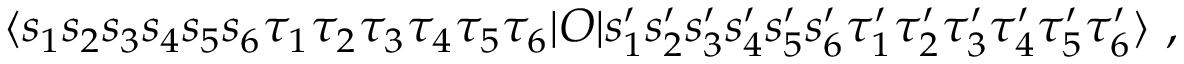
\langle s _ { 1 } s _ { 2 } s _ { 3 } s _ { 4 } s _ { 5 } s _ { 6 } \tau _ { 1 } \tau _ { 2 } \tau _ { 3 } \tau _ { 4 } \tau _ { 5 } \tau _ { 6 } | O | s _ { 1 } ^ { \prime } s _ { 2 } ^ { \prime } s _ { 3 } ^ { \prime } s _ { 4 } ^ { \prime } s _ { 5 } ^ { \prime } s _ { 6 } ^ { \prime } \tau _ { 1 } ^ { \prime } \tau _ { 2 } ^ { \prime } \tau _ { 3 } ^ { \prime } \tau _ { 4 } ^ { \prime } \tau _ { 5 } ^ { \prime } \tau _ { 6 } ^ { \prime } \rangle \ ,